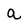
Character: a